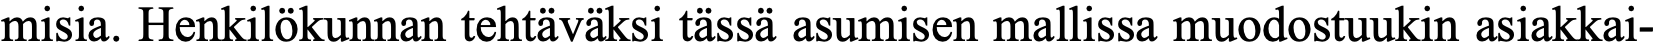
misia. Henkilökunnan tehtäväksi tässä asumisen mallissa muodostuukin asiakkai-